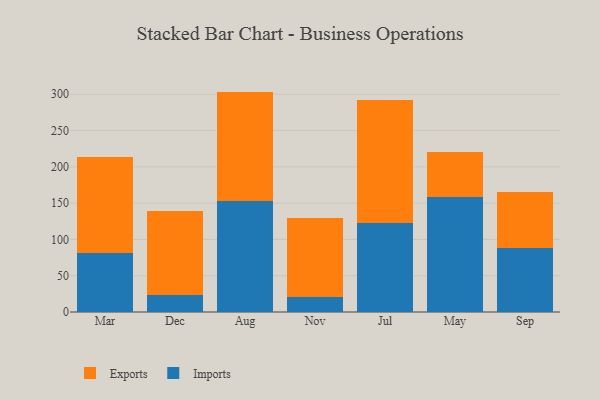
{"axis": {"x": "Month", "y": "Gross Profit (USD K)"}, "legend": ["Exports", "Imports"], "data": [{"x": "Mar", "y": 81.6, "type": "Imports"}, {"x": "Mar", "y": 131.4, "type": "Exports"}, {"x": "Dec", "y": 23.6, "type": "Imports"}, {"x": "Dec", "y": 115.0, "type": "Exports"}, {"x": "Aug", "y": 153.6, "type": "Imports"}, {"x": "Aug", "y": 150.1, "type": "Exports"}, {"x": "Nov", "y": 20.8, "type": "Imports"}, {"x": "Nov", "y": 109.1, "type": "Exports"}, {"x": "Jul", "y": 122.6, "type": "Imports"}, {"x": "Jul", "y": 169.2, "type": "Exports"}, {"x": "May", "y": 158.6, "type": "Imports"}, {"x": "May", "y": 61.4, "type": "Exports"}, {"x": "Sep", "y": 88.1, "type": "Imports"}, {"x": "Sep", "y": 77.3, "type": "Exports"}]}